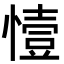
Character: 㦉